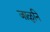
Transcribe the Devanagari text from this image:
जाळुनि